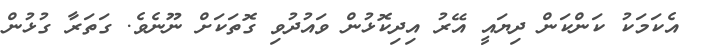
އެކަމަކު ކަންކަން ދިޔައީ އޭރު އިދިކޮޅުން ވައުދުވި ގޮތަކަށް ނޫނެވެ. ގަތަރާާ ގުޅުން